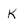
Character: k